Leaving Certificate Examination (including Day School Certificate (Higher) General paper), 1934
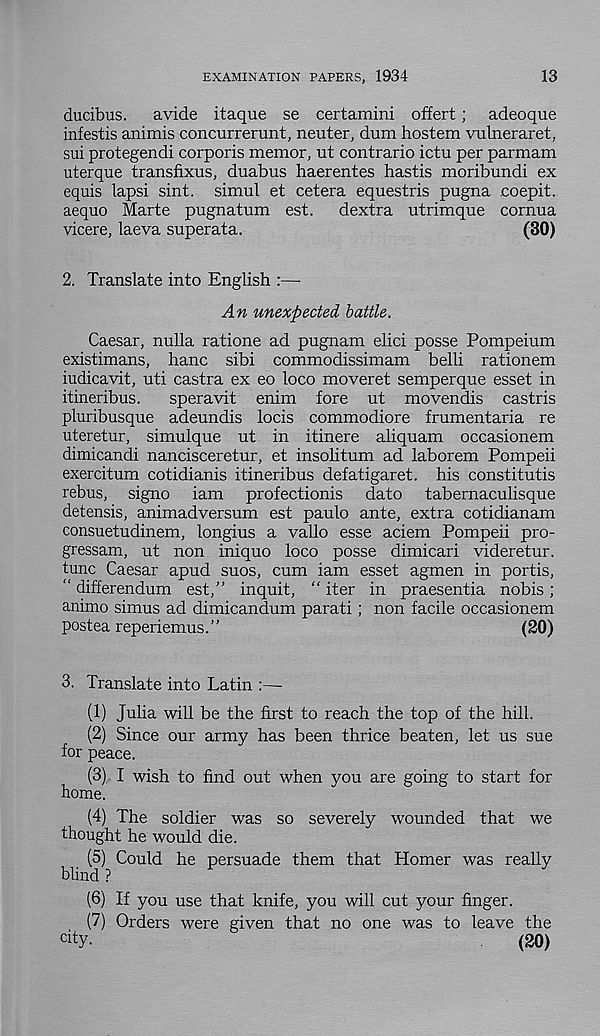
EXAMINATION PAPERS, 1934
13
ducibus. avide itaque se certamini offert; adeoque
infestis animis concurrerunt, neuter, dum hostem vulneraret,
sui protegendi corporis memor, ut contrario ictu per parmam
uterque transfixus, duabus haerentes hastis moribundi ex
equis lapsi sint. simul et cetera equestris pugna coepit.
aequo Marte pugnatum est. dextra utrimque cornua
vicere, laeva superata.
(30)
2. Translate into English :—
An unexpected battle.
Caesar, nulla ratione ad pugnam did posse Pompeium
existimans, banc sibi commodissimam belli rationem
iudicavit, uti castra ex eo loco moveret semperque esset in
itineribus.
speravit enim fore ut movendis castris
pluribusque adeundis locis commodiore frumentaria re
uteretur, simulque ut in itinere aliquam occasionem
dimicandi nancisceretur, et insolitum ad laborem Pompeii
exercitum cotidianis itineribus defatigaret. his constitutis
rebus, signo iam profectionis dato tabernaculisque
detensis, animadversum est paulo ante, extra cotidianam
consuetudinem, longius a vallo esse aciem Pompeii pro-
gressam, ut non iniquo loco posse dimicari videretur.
tunc Caesar apud suos, cum iam esset agmen in portis,
“ differendum est,” inquit, “ iter in praesentia nobis;
animo simus ad dimicandum parati; non facile occasionem
postea reperiemus.”
(20)
3. Translate into Latin :—•
(1) Julia will be the first to reach the top of the hill.
(2) Since our army has been thrice beaten, let us sue
for peace.
(3) I wish to find out when you are going to start for
home.
(4) The soldier was so severely wounded that we
thought he would die.
(5) Could he persuade them that Homer was really
blind ?
(6) If you use that knife, you will cut your finger.
(7) Orders were given that no one was to leave the
C1 ty-
(20)